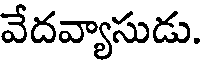
వేదవ్యాసుడు.